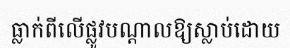
ធ្លាក់ពីលើផ្លូវបណ្តាលឱ្យស្លាប់ដោយ